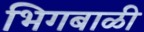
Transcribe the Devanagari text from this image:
भिगबाळी